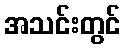
အသင်းတွင်